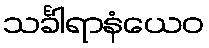
သင်္ခါရာနံယေဝ